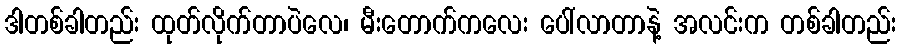
ဒါတစ်ခါတည်း ထုတ်လိုက်တာပဲလေ၊ မီးတောက်ကလေး ပေါ်လာတာနဲ့ အလင်းက တစ်ခါတည်း